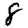
Digit: 8